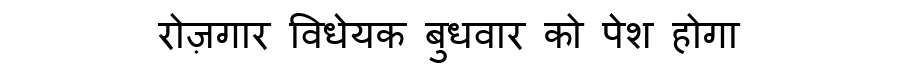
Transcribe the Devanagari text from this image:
रोज़गार विधेयक बुधवार को पेश होगा